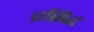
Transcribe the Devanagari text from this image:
प्रसिद्धं